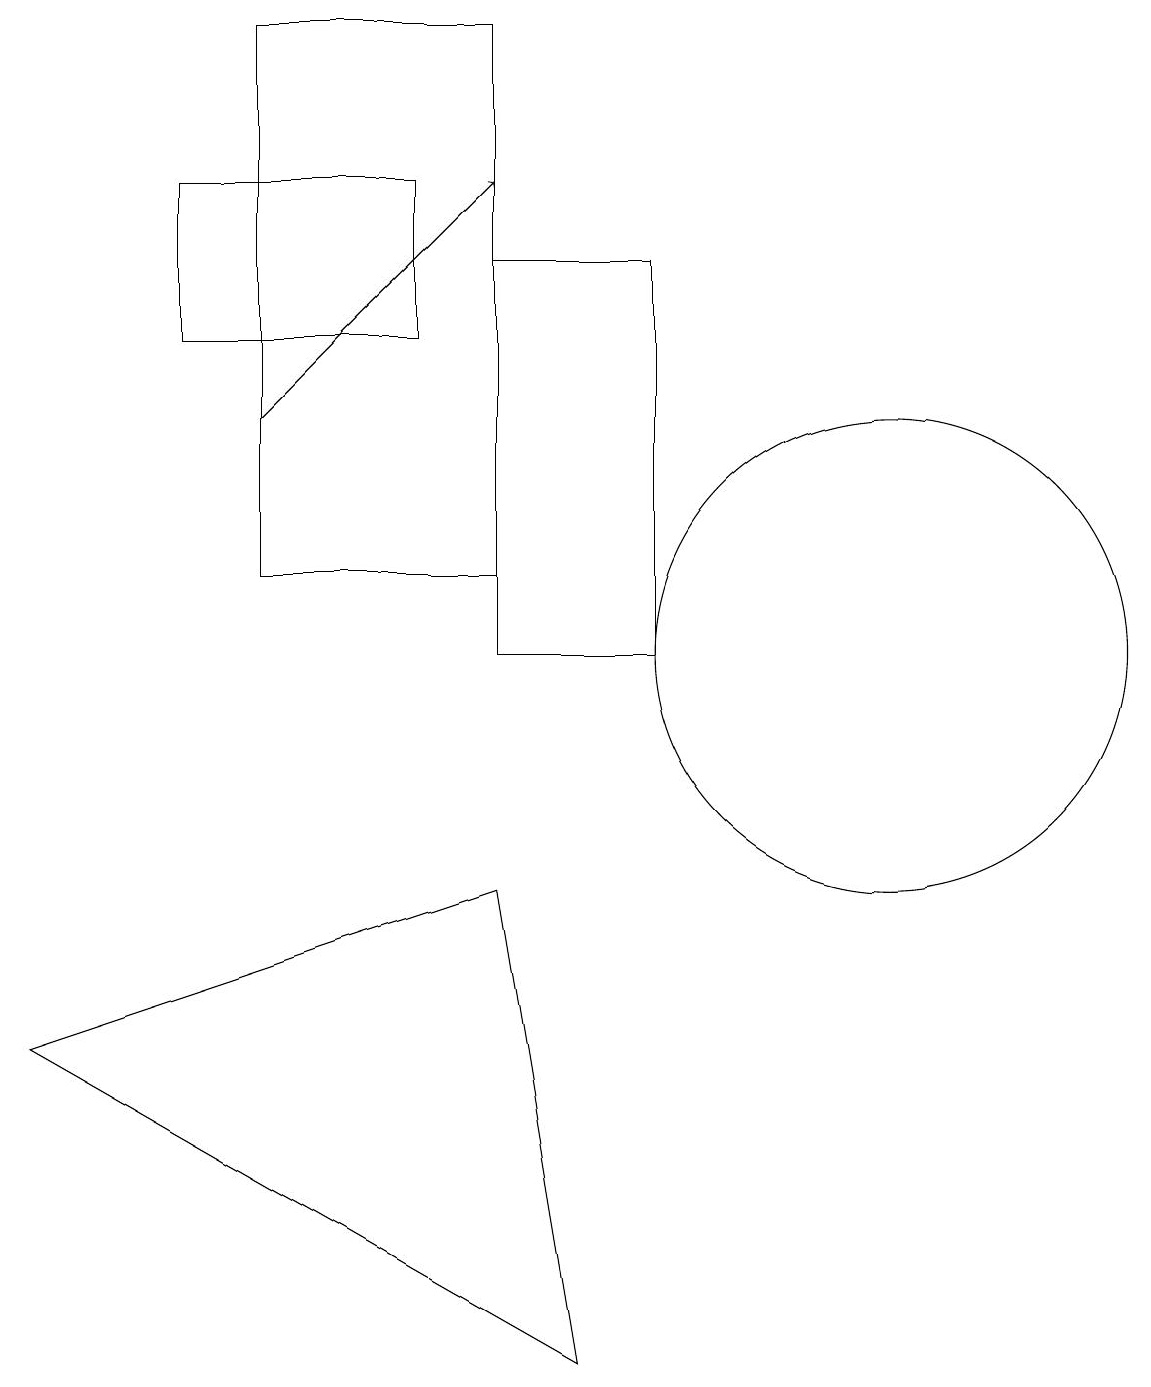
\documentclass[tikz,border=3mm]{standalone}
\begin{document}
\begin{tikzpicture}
\draw (2,16) rectangle (5,14);
\draw[->] (3,13) -- (6,16);
\draw (11,10) circle (3);
\draw (6,7) -- (7,1) -- (0,5) -- cycle;
\draw (3,18) rectangle (6,11);
\draw (8,15) rectangle (6,10);
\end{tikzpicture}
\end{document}